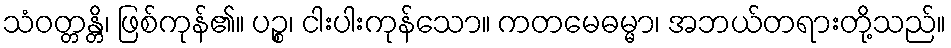
သံဝတ္တန္တိ၊ ဖြစ်ကုန်၏။ ပဉ္စ၊ ငါးပါးကုန်သော။ ကတမေဓမ္မာ၊ အဘယ်တရားတို့သည်။